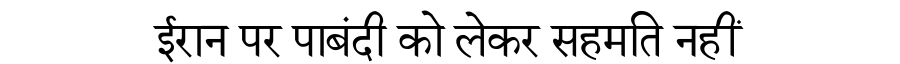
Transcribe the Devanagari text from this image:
ईरान पर पाबंदी को लेकर सहमति नहीं